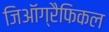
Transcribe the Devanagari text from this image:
जिऑग्रैफिकल